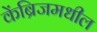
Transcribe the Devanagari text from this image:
केंब्रिजमधील